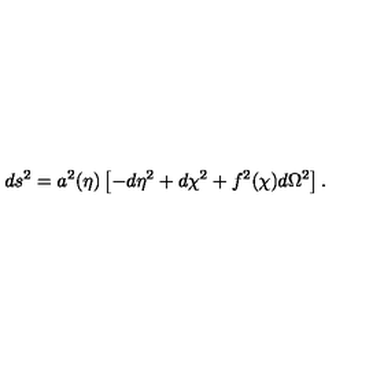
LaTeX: d s ^ { 2 } = a ^ { 2 } ( \eta ) \left[ - d \eta ^ { 2 } + d \chi ^ { 2 } + f ^ { 2 } ( \chi ) d \Omega ^ { 2 } \right] .